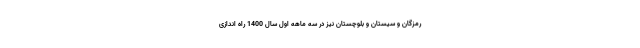
رمزگان و سیستان و بلوچستان نیز در سه ماهه اول سال 1400 راه اندازی